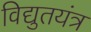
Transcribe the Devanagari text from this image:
विद्युतयंत्र